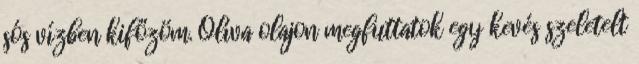
sós vízben kifőzöm. Olíva olajon megfuttatok egy kevés szeletelt